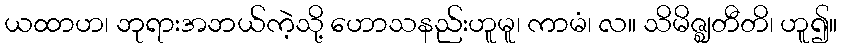
ယထာဟ၊ ဘုရားအဘယ်ကဲ့သို့ ဟောသနည်းဟူမူ၊ ကာမံ၊ လ။ သိမိဇ္ဈတီတိ၊ ဟူ၍။